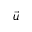
\vec { u }